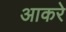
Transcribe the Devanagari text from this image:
आकरे